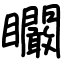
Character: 矙